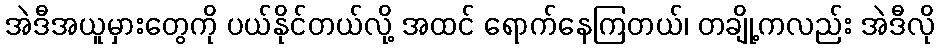
အဲဒီအယူမှားတွေကို ပယ်နိုင်တယ်လို့ အထင် ရောက်နေကြတယ်၊ တချို့ကလည်း အဲဒီလို